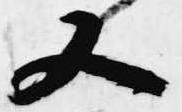
又